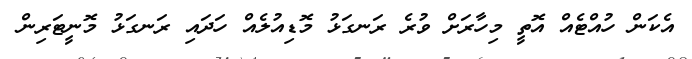
އެކަން ހުއްޓެއް އޮތީ މިހާރަށް ވުރެ ރަނގަޅު މޮޑިއުލެއް ހަދައި ރަނގަޅު މޮނީޓަރިން